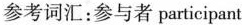
参考词汇：参与者participant